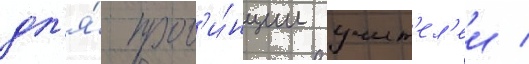
дл'я́ пров'и́нции учит'ел'еи /